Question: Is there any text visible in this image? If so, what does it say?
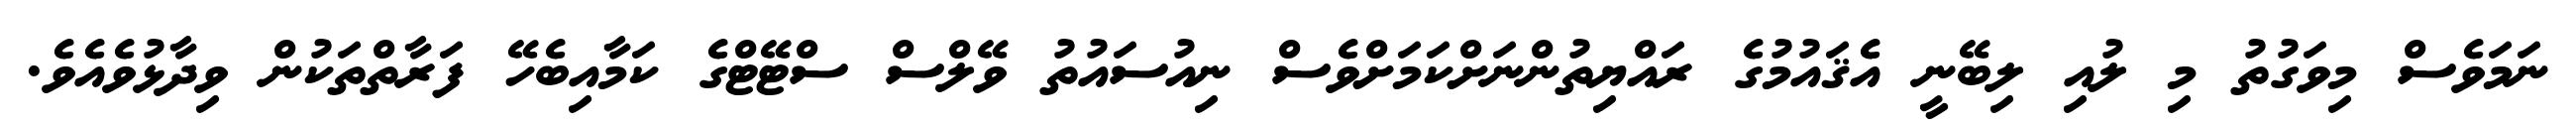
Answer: ނަމަވެސް މިވަގުތު މި ލުއި ލިބޭނީ އެޤައުމުގެ ރައްޔިތުންނަށްކަމަށްވެސް ނިއުސައުތު ވޭލްސް ސްޓޭޓްގެ ކަމާއިބެހޭ ފަރާތްތަކުން ވިދާޅުވެއެވެ.